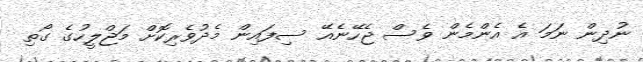
ނުދިން ނަމަ އެ އެންމެން ވެސް ޖެހޭނެއޭ ސިފައިން މެދުވެރިކޮށް މަޖްލީހުގެ ގޯތި